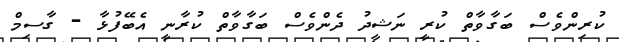
ކުރިންވެސް ބަގާވާތް ކުރީ ނަޝީދު ދެންވެސް ބަގާވާތް ކުރާނީ އެބޭފުޅާ - ގާސިމް